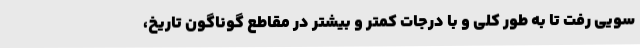
سویی رفت تا به طور کلی و با درجات کمتر و بیشتر در مقاطع گوناگون تاریخ،